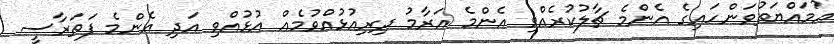
އުމައްޔަތުވަންހައިގެ އެންމެ ޗާލުކުރެއްވި އެންމެ އަރާމު ދިރިއުޅުއްވުމެއް އުޅުއްވި އަދި އެންމެ ފަތަރާސީ